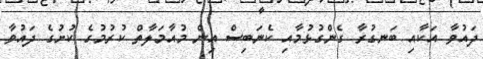
ދައުވާ އަކާއި ބަނގުރާ ގެންގުޅުމާއި ކެނަބިސް އިން މުއާމަލާތް ކުރުމުގެ ކުށުގެ ދައުވާ